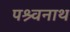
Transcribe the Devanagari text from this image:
पश्र्वनाथ